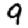
Digit: 9